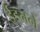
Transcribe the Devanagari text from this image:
ईडनने